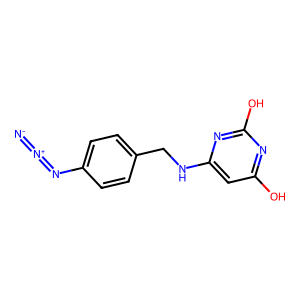
SMILES: [N-]=[N+]=Nc1ccc(CNc2cc(O)nc(O)n2)cc1
Inhibits HIV replication: No